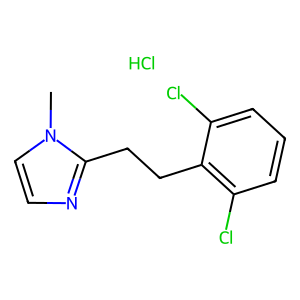
SMILES: Cl.Cn1ccnc1CCc1c(Cl)cccc1Cl
Inhibits HIV replication: No